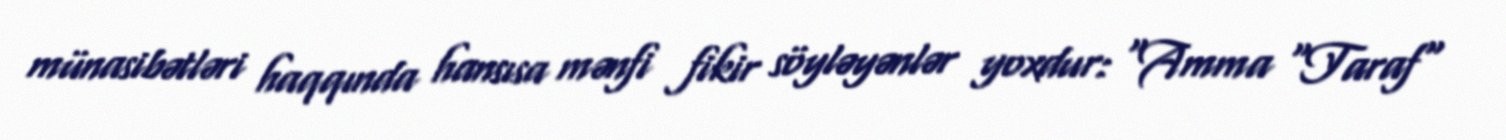
münasibətləri haqqında hansısa mənfi fikir söyləyənlər yoxdur: “Amma "Taraf"